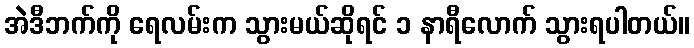
အဲဒီဘက်ကို ရေလမ်းက သွားမယ်ဆိုရင် ၁ နာရီလောက် သွားရပါတယ်။